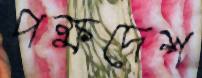
পক্ষদেশ